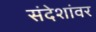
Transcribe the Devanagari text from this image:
संदेशांवर